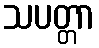
သပတ္တာ